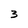
Character: 3